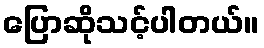
ပြောဆိုသင့်ပါတယ်။